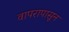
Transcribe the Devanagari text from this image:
वापरापासून